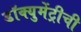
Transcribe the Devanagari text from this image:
डॉक्युमेंट्रीची